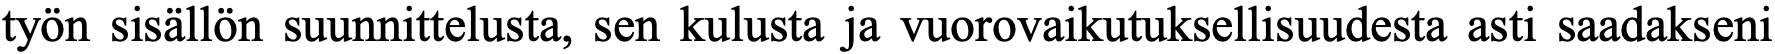
työn sisällön suunnittelusta, sen kulusta ja vuorovaikutuksellisuudesta asti saadakseni